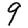
Digit: 9